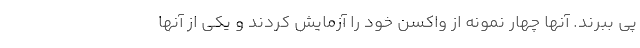
پی ببرند. آنها چهار نمونه از واکسن خود را آزمایش کردند و یکی از آنها